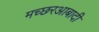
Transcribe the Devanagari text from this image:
मच्छरआबादी